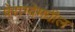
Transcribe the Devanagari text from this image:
पेराग्वेमधील